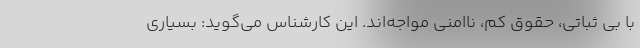
با بی ثباتی، حقوق کم، ناامنی مواجه‌اند. این کارشناس می‌گوید: بسیاری